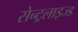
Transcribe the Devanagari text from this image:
सेन्ट्रलाइज्ड